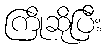
ကြိုဆိုပြီး